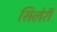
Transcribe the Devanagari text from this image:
सिलेरी